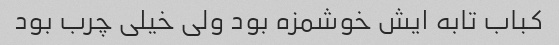
کباب تابه ایش خوشمزه بود ولی خیلی چرب بود